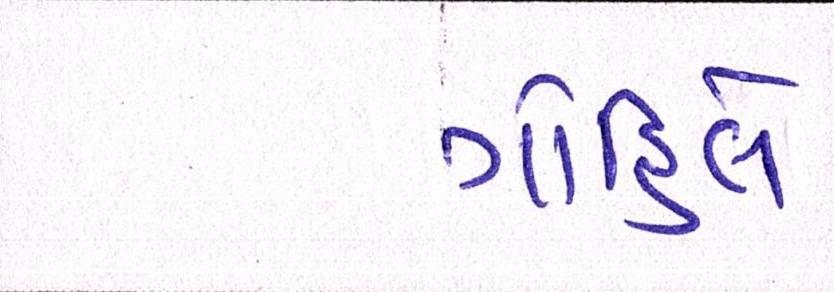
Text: ગોહિલે